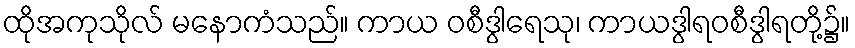
ထိုအကုသိုလ် မနောကံသည်။ ကာယ ဝစီဒွါရေသု၊ ကာယဒွါရဝစီဒွါရတို့၌။